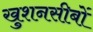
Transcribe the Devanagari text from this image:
खुशनसीबों